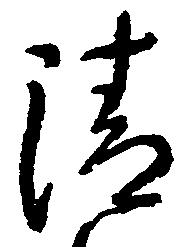
清